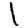
Digit: 1